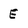
Character: E